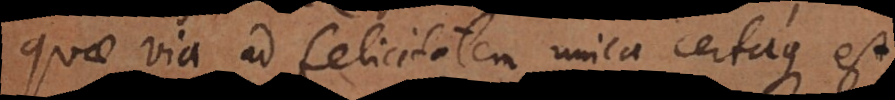
quae via ad felicitatem unica certaque est.